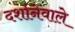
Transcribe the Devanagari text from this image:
दर्शानेवाले